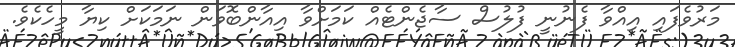
މަރުވެފައި އިއްވާ ފެނުނީ ފުލުސް ސާޖެންޓެއް ކަމަށްވާ އިއާންބޮވަން ނަމަކަށް ކިޔާ މީހެކެވެ.